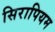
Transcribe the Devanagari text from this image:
सिरापियम